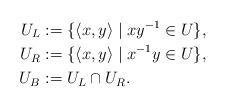
LaTeX: \begin{align*} U_{L} & := \{\langle x, y\rangle\mid xy^{-1}\in U\},\\U_{R} & := \{\langle x, y\rangle\mid x^{-1}y\in U\},\\U_{B} & := U_{L}\cap U_{R}. \end{align*}